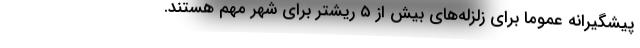
پیشگیرانه عموما برای زلزله‌های بیش از ۵ ریشتر برای شهر مهم هستند.